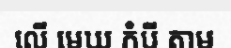
លើ មេឃ កំបី តាម